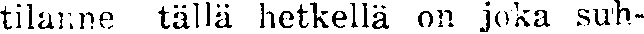
tilanne tällä hetkellä on joka suh-